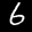
Label: 6